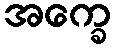
အက္ခေ